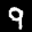
Label: 9